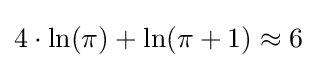
4\cdot \ln(\pi )+\ln(\pi +1)\approx 6